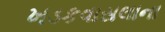
ખડકવાસલાના